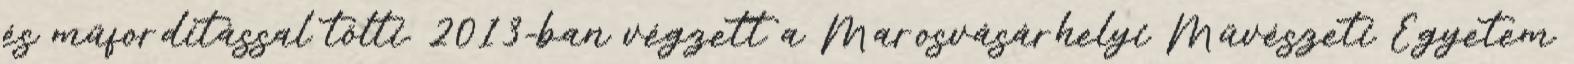
és műfordítással tölti. 2013-ban végzett a Marosvásárhelyi Művészeti Egyetem